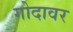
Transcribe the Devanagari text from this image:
गोदावर